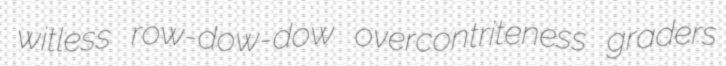
witless row-dow-dow overcontriteness graders